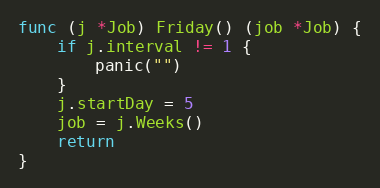
Language: Go
func (j *Job) Friday() (job *Job) {
	if j.interval != 1 {
		panic("")
	}
	j.startDay = 5
	job = j.Weeks()
	return
}